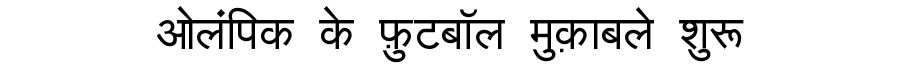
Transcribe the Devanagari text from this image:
ओलंपिक के फ़ुटबॉल मुक़ाबले शुरू